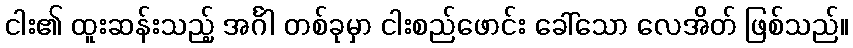
ငါး၏ ထူးဆန်းသည့် အင်္ဂါ တစ်ခုမှာ ငါးစည်ဖောင်း ခေါ်သော လေအိတ် ဖြစ်သည်။